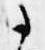
事